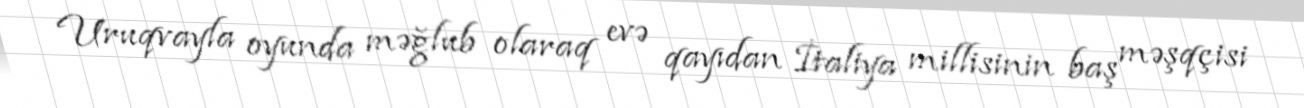
Uruqvayla oyunda məğlub olaraq evə qayıdan İtaliya millisinin baş məşqçisi